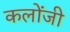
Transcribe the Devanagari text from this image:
कलोंजी